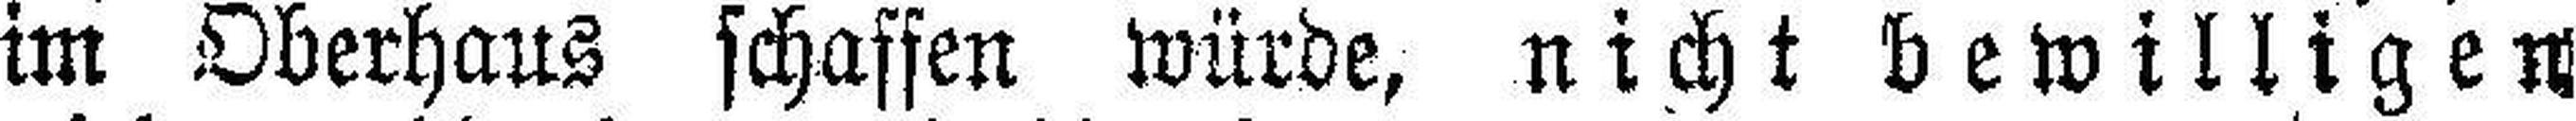
im Oberhaus schaffen würde, nicht bewilligen